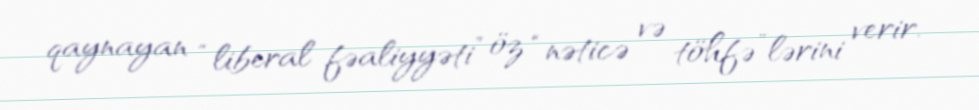
qaynayan “liberal fəaliyyəti” öz “nəticə və töhfə”lərini verir.